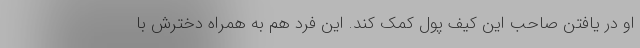
او در یافتن صاحب این کیف پول کمک کند. این فرد هم به همراه دخترش با